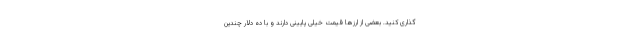
گذاری کنید. بعضی از ارزها قیمت خیلی پایینی دارند و با ده دلار چندین